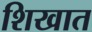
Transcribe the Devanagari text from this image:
शिखात